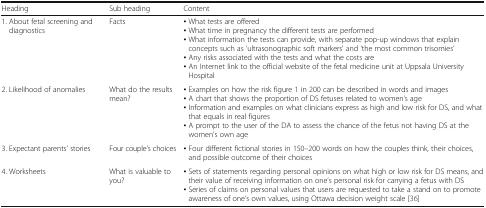
<table><thead><tr><td><b>Heading</b></td><td><b>Sub heading</b></td><td><b>Content</b></td></tr></thead><tbody><tr><td>1. About fetal screening and diagnostics</td><td>Facts</td><td>• What tests are offered• What time in pregnancy the different tests are performed• What information the tests can provide, with separate pop-up windows that explain concepts such as ‘ultrasonographic soft markers’ and ‘the most common trisomies’• Any risks associated with the tests and what the costs are• An Internet link to the official website of the fetal medicine unit at Uppsala University Hospital</td></tr><tr><td>2. Likelihood of anomalies</td><td>What do the results mean?</td><td>• Examples on how the risk figure 1 in 200 can be described in words and images• A chart that shows the proportion of DS fetuses related to women’s age• Information and examples on what clinicians express as high and low risk for DS, and what that equals in real figures• A prompt to the user of the DA to assess the chance of the fetus not having DS at the women’s own age</td></tr><tr><td>3. Expectant parents’ stories</td><td>Four couple’s choices</td><td>• Four different fictional stories in 150–200 words on how the couples think, their choices, and possible outcome of their choices</td></tr><tr><td>4. Worksheets</td><td>What is valuable to you?</td><td>• Sets of statements regarding personal opinions on what high or low risk for DS means, and their value of receiving information on one’s personal risk for carrying a fetus with DS• Series of claims on personal values that users are requested to take a stand on to promote awareness of one’s own values, using Ottawa decision weight scale [36]</td></tr></tbody></table>